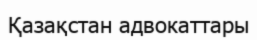
Қазақстан адвокаттары